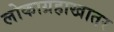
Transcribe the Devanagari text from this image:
लोकाग्रहाखातर